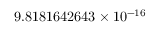
9 . 8 1 8 1 6 4 2 6 4 3 \times 1 0 ^ { - 1 6 }